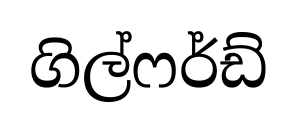
ගිල්ෆර්ඩ්